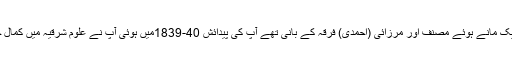
‘‘مرحوم ایک مانے ہوئے مصنف اور مرزائی (احمدی) فرقہ کے بانی تھے آپ کی پیدائش 40-1839میں ہوئی آپ نے علوم شرقیہ میں کمال حاصل کیا۔